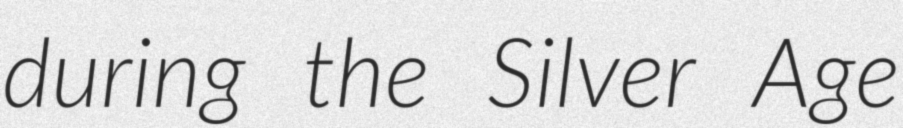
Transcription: during the Silver Age